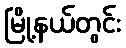
မြို့နယ်တွင်း